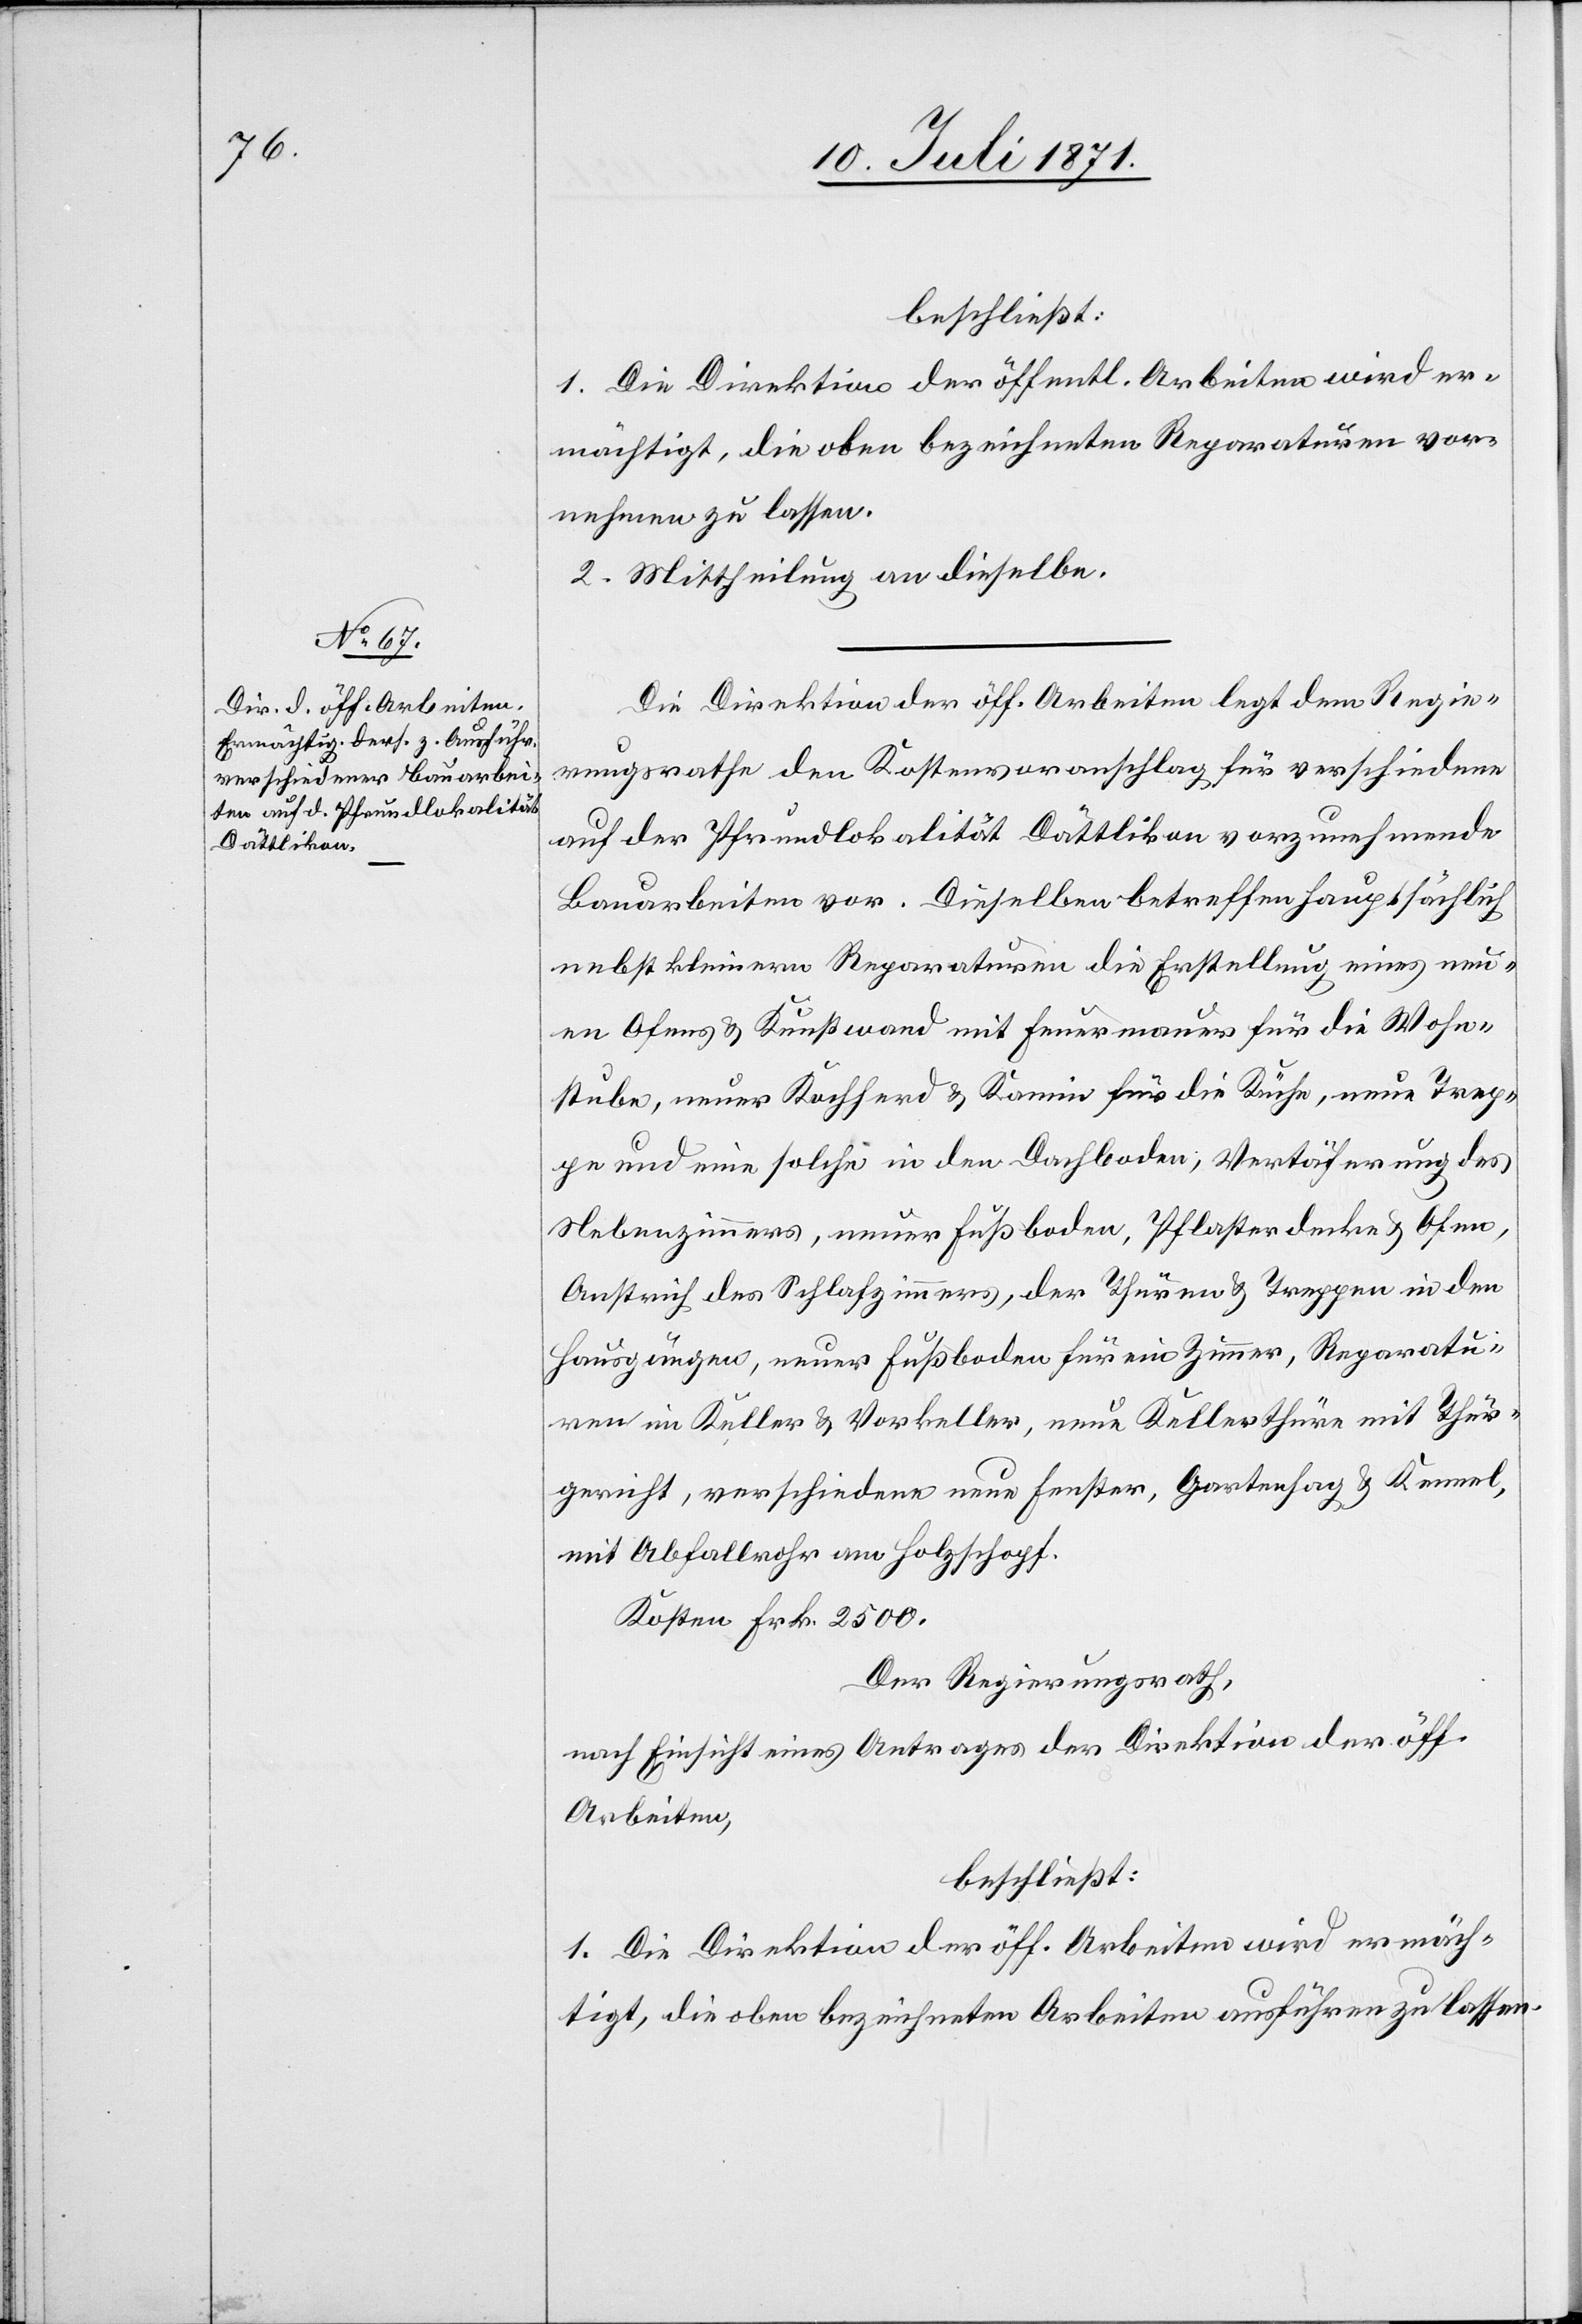
beschließt:
1. Die Direktion der öff. Arbeiten wird er¬
mächtigt, die oben bezeichneten Reparaturen vor¬
nehmen zu lassen.
2. Mittheilung an dieselbe.
Die Direktion der öff. Arbeiten legt dem Regie¬
rungsrathe den Kostenvoranschlag für verschiedene
auf der Pfrundlokalität Dättlikon vorzunehmende
Bauarbeiten vor. Dieselben betreffen hauptsächlich
nebst kleinern Reparaturen die Erstellung eines neu¬
en Ofens u. Kunstwand mit Feuermauer für die Wohn¬
stube, neuer Kochherd u. Kamin für die Küche, neue Trep¬
pe und eine solche in den Dachboden, Vertäferung des
Nebenzimmers, neuer Fußboden, Pflasterdecke u. Ofen,
Anstrich des Schlafzimmers, der Thüren u. Treppen in den
Hausgängen, neuer Fußboden für ein Zimmer, Reparatu¬
ren im Keller u. Vorkeller, neue Kellerthüre mit Thür¬
gericht, verschiedene neue Fenster, Gartenhag u. Kennel,
mit Abfallrohr am Holzschopf.
Kosten Frk. 2500.
Der Regierungsrath,
nach Einsicht eines Antrages der Direktion der öff.
Arbeiten,
beschließt:
1. Die Direktion der öff. Arbeiten wird ermäch¬
tigt, die oben bezeichneten Arbeiten ausführen zu lassen.